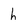
Character: h